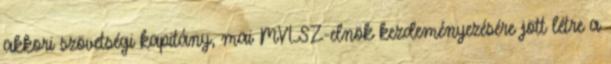
akkori szövetségi kapitány, mai MVLSZ-elnök kezdeményezésére jött létre a